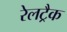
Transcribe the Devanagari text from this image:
रेलट्रैक